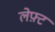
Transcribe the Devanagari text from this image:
लेफ़्ट